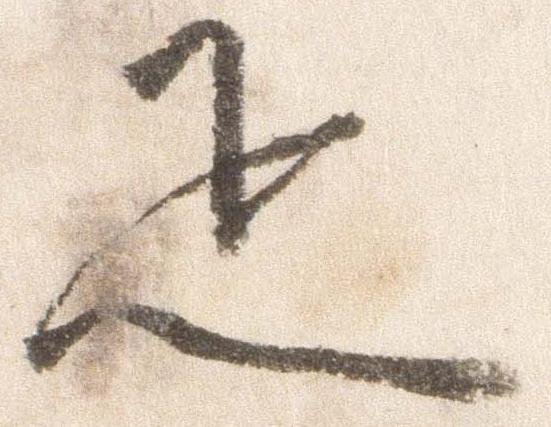
疋